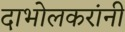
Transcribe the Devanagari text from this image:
दाभोलकरांनी